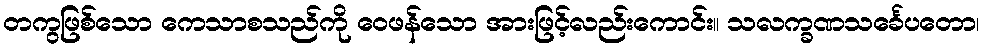
တကွဖြစ်သော ကေသာစသည်ကို ဝေဖန်သော အားဖြင့်လည်းကောင်း။ သလက္ခဏသင်္ခေပတော၊